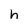
Character: h